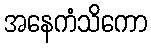
အနေကံသိကော